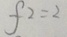
f 2 = 2